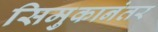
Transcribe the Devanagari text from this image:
सिमुकानंतर